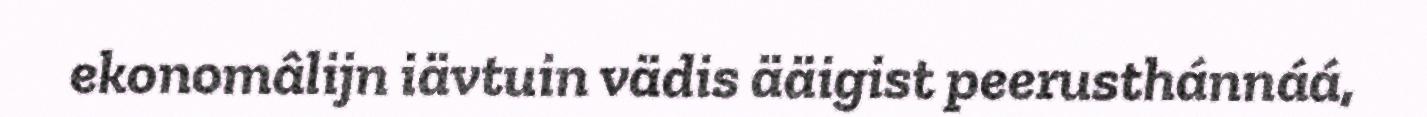
ekonomâlijn iävtuin vädis ääigist peerusthánnáá,